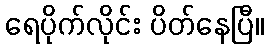
ရေပိုက်လိုင်း ပိတ်နေပြီ။